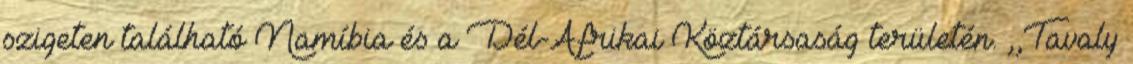
szigeten található Namíbia és a Dél-Afrikai Köztársaság területén. ,,Tavaly